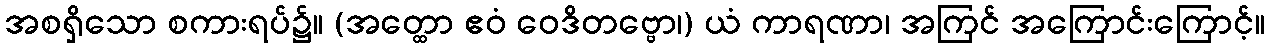
အစရှိသော စကားရပ်၌။ (အတ္ထော ဧဝံ ဝေဒိတဗ္ဗော၊) ယံ ကာရဏာ၊ အကြင် အကြောင်းကြောင့်။